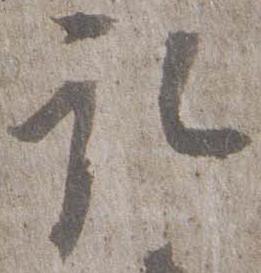
取